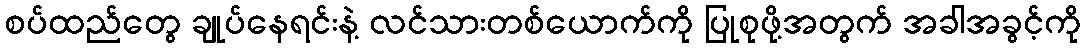
စပ်ထည်တွေ ချုပ်နေရင်းနဲ့ လင်သားတစ်ယောက်ကို ပြုစုဖို့အတွက် အခါအခွင့်ကို